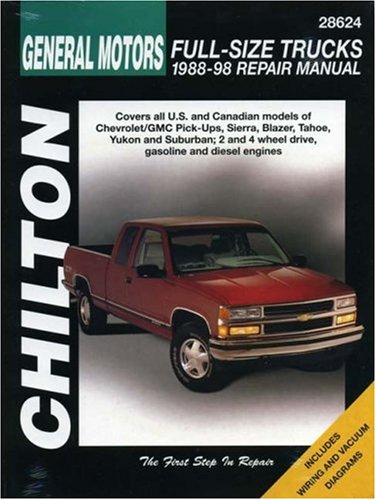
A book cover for General Motors Full-Size Trucks, 1988-98, Repair Manual (Chilton Automotive Books); Chilton; Engineering & Transportation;